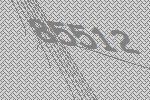
85512